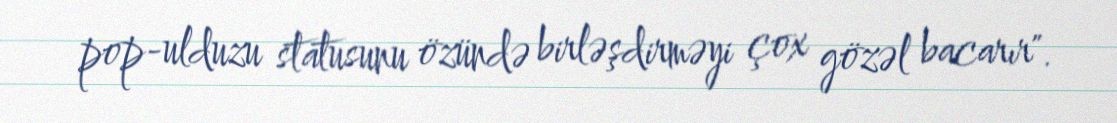
pop-ulduzu statusunu özündə birləşdirməyi çox gözəl bacarır".